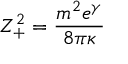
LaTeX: Z _ { + } ^ { 2 } = { \frac { m ^ { 2 } e ^ { \gamma } } { 8 \pi \kappa } }